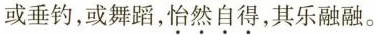
或垂钓，或舞蹈，怡然自得，其乐融融。